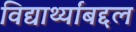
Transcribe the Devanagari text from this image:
विद्यार्थ्यांबद्दल